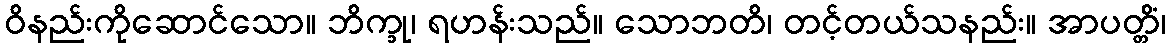
ဝိနည်းကိုဆောင်သော။ ဘိက္ခု၊ ရဟန်းသည်။ သောဘတိ၊ တင့်တယ်သနည်း။ အာပတ္တိံ၊